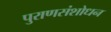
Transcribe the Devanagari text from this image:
पुराणसंशोधन